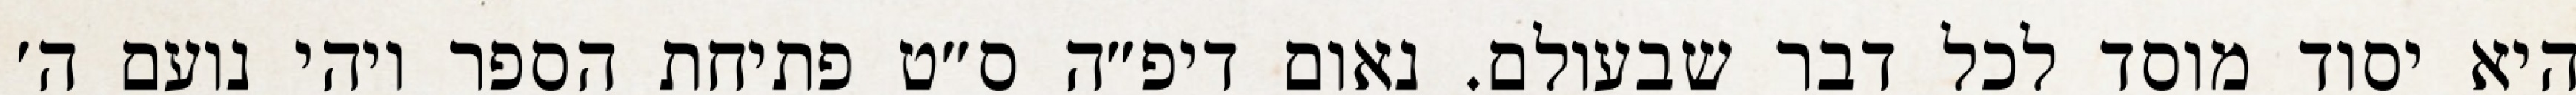
היא יסוד מוסד לכל דבר שבעולם. נאום דיפ״ה ס״ט פתיחת הספר ויהי נועם ה׳